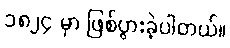
၁၈၂၄ မှာ ဖြစ်ပွားခဲ့ပါတယ်။